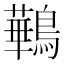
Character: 鷨